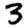
Digit: 3